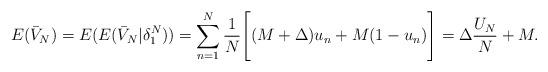
LaTeX: \begin{align*}E(\bar{V}_{N}) = E(E(\bar{V}_{N}|\delta_{1}^{N})) = \sum\limits_{n=1}^{N} \frac{1}{N} \Bigg[ (M + \Delta) u_{n} + M (1 - u_{n}) \Bigg] = \Delta \frac{U_{N}}{N} + M.\end{align*}